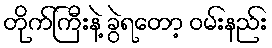
တိုက်ကြီးနဲ့ ခွဲရတော့ ဝမ်းနည်း